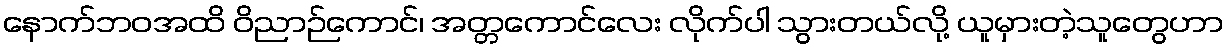
နောက်ဘဝအထိ ဝိညာဉ်ကောင်၊ အတ္တကောင်လေး လိုက်ပါ သွားတယ်လို့ ယူမှားတဲ့သူတွေဟာ